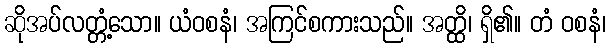
ဆိုအပ်လတ္တံ့သော။ ယံဝစနံ၊ အကြင်စကားသည်။ အတ္ထိ၊ ရှိ၏။ တံ ဝစနံ၊